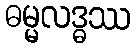
ဓမ္မလဒ္ဓဿ